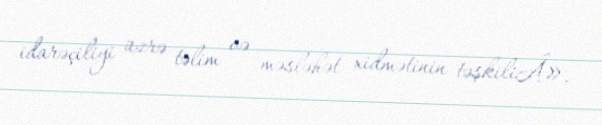
idarəçiliyi üzrə təlim və məsləhət xidmətinin təşkiliÂ».